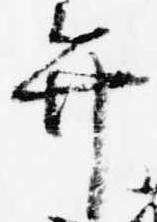
弁